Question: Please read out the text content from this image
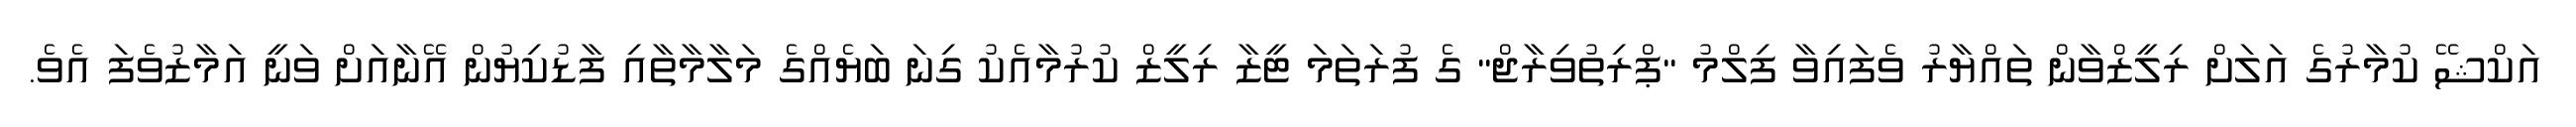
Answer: އަކްޝޭ ކުމާރުގެ އަލަށް ރިލީޒްވާން ތައްޔާރު ވެފައިވާ ފިލްމު "ޕްރިތުވިރާޖް" ގެ ފުރަތަމަ ޓީޒާ ރިލީޒް ކުރުމާއެކު ގިނަ ބަޔެއްގެ މަލާމާތާއި ފާޑުކިޔުން އޭނާއަށް ވަނީ އަމާޒުވެފަ އެވެ.